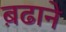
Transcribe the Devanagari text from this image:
ब़ढाने